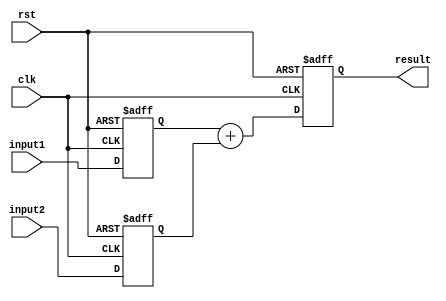
module fixed_point_adder(
    input wire [31:0] input1,
    input wire [31:0] input2,
    input wire clk,
    input wire rst,
    output reg [31:0] result
);

reg [31:0] reg_input1;
reg [31:0] reg_input2;

always @(posedge clk or posedge rst) begin
    if (rst) begin
        reg_input1 <= 0;
        reg_input2 <= 0;
        result <= 0;
    end else begin
        reg_input1 <= input1;
        reg_input2 <= input2;
        result <= reg_input1 + reg_input2;
    end
end

endmodule